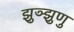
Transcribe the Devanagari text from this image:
झुञ्झुणु